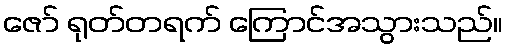
ဇော် ရုတ်တရက် ကြောင်အသွားသည်။